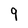
Character: 9